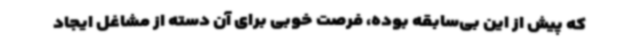
که پیش از این بی‌سابقه بوده‌، فرصت خوبی برای آن دسته از مشاغل ایجاد